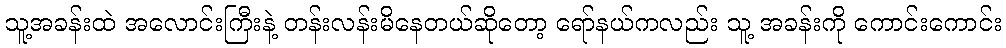
သူ့အခန်းထဲ အလောင်းကြီးနဲ့ တန်းလန်းမိနေတယ်ဆိုတော့ ရော်နယ်ကလည်း သူ့ အခန်းကို ကောင်းကောင်း